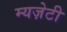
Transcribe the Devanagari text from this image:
म्यज़ेटी